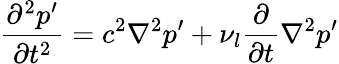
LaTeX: \frac{\partial^{2}p^{\prime}}{\partial t^{2}}=c^{2}\nabla^{2}p^{\prime}+\nu_{l}\frac{\partial}{\partial t}\nabla^{2}p^{\prime}